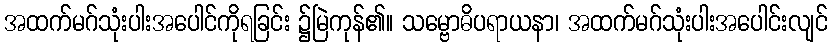
အထက်မဂ်သုံးပါးအပေါင်ကိုရခြင်း ၌မြဲကုန်၏။ သမ္ဗောဓိပရာယနာ၊ အထက်မဂ်သုံးပါးအပေါင်းလျင်